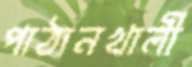
পাঠানখালী